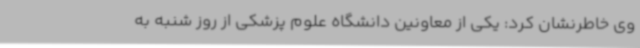
وی خاطرنشان کرد: یکی از معاونین دانشگاه علوم پزشکی از روز شنبه به